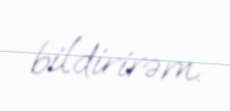
bildirirəm.